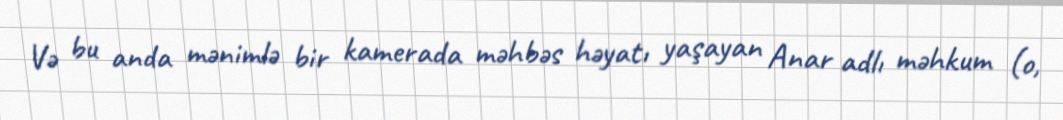
Və bu anda mənimlə bir kamerada məhbəs həyatı yaşayan Anar adlı məhkum (o,